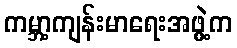
ကမ္ဘာ့ကျန်းမာရေးအဖွဲ့က